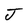
Character: J